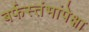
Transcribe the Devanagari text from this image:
बर्फस्तंभांपेक्षा